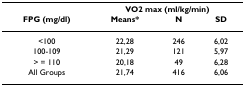
|  | <COLSPAN=3> VO2 max (ml/kg/min) |
 | FPG (mg/dl) | Means* | N | SD |
 | --- | --- | --- | --- |
 | <100 | 22,28 | 246 | 6,02 |
 | 100-109 | 21,29 | 121 | 5,97 |
 | > = 110 | 20,18 | 49 | 6,28 |
 | All Groups | 21,74 | 416 | 6,06 |